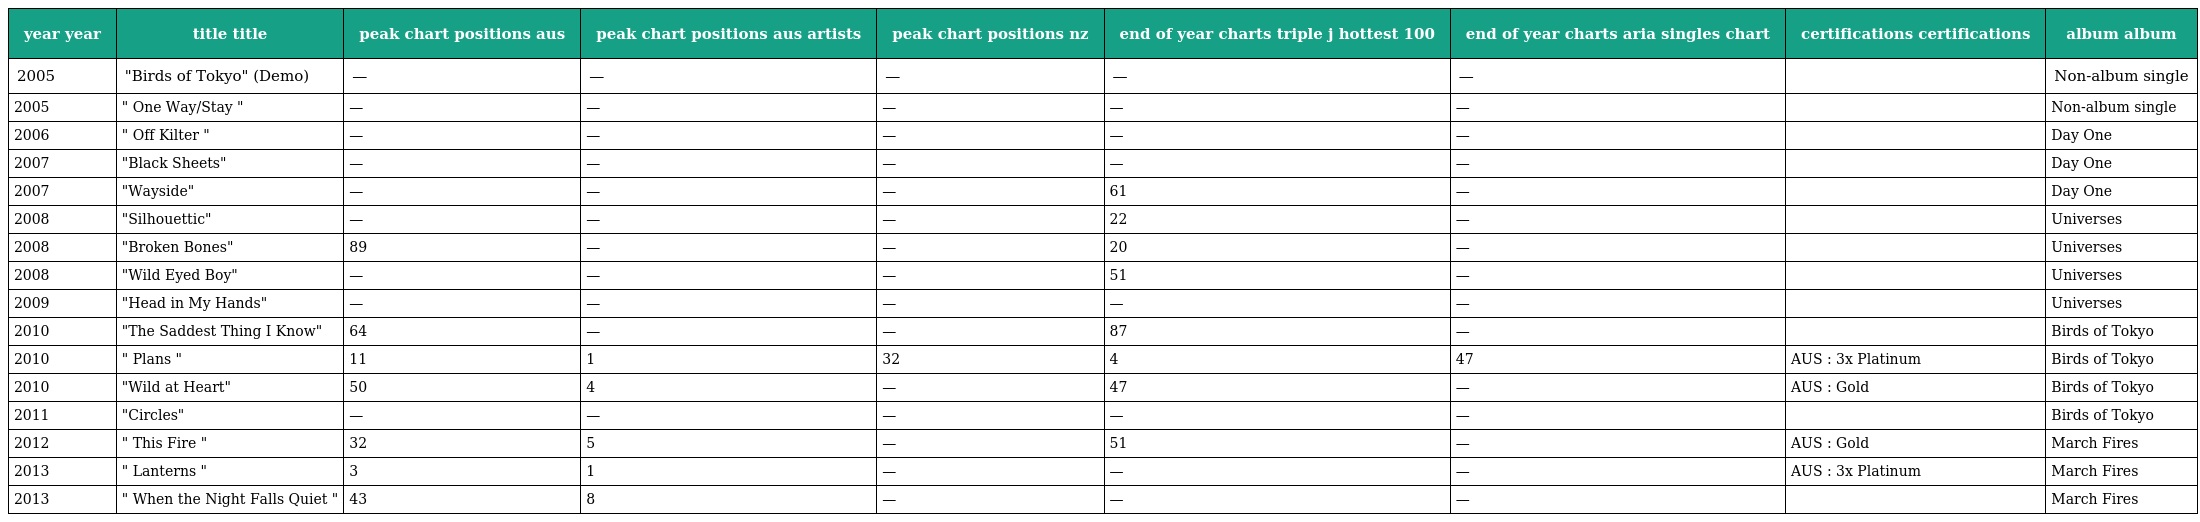
| year year | title title | peak chart positions aus | peak chart positions aus artists | peak chart positions nz | end of year charts triple j hottest 100 | end of year charts aria singles chart | certifications certifications | album album |
 | --- | --- | --- | --- | --- | --- | --- | --- | --- |
 | 2005 | "Birds of Tokyo" (Demo) | — | — | — | — | — |  | Non-album single |
 | 2005 | " One Way/Stay " | — | — | — | — | — |  | Non-album single |
 | 2006 | " Off Kilter " | — | — | — | — | — |  | Day One |
 | 2007 | "Black Sheets" | — | — | — | — | — |  | Day One |
 | 2007 | "Wayside" | — | — | — | 61 | — |  | Day One |
 | 2008 | "Silhouettic" | — | — | — | 22 | — |  | Universes |
 | 2008 | "Broken Bones" | 89 | — | — | 20 | — |  | Universes |
 | 2008 | "Wild Eyed Boy" | — | — | — | 51 | — |  | Universes |
 | 2009 | "Head in My Hands" | — | — | — | — | — |  | Universes |
 | 2010 | "The Saddest Thing I Know" | 64 | — | — | 87 | — |  | Birds of Tokyo |
 | 2010 | " Plans " | 11 | 1 | 32 | 4 | 47 | AUS : 3x Platinum | Birds of Tokyo |
 | 2010 | "Wild at Heart" | 50 | 4 | — | 47 | — | AUS : Gold | Birds of Tokyo |
 | 2011 | "Circles" | — | — | — | — | — |  | Birds of Tokyo |
 | 2012 | " This Fire " | 32 | 5 | — | 51 | — | AUS : Gold | March Fires |
 | 2013 | " Lanterns " | 3 | 1 | — | — | — | AUS : 3x Platinum | March Fires |
 | 2013 | " When the Night Falls Quiet " | 43 | 8 | — | — | — |  | March Fires |